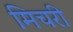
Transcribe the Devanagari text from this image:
मिचरी